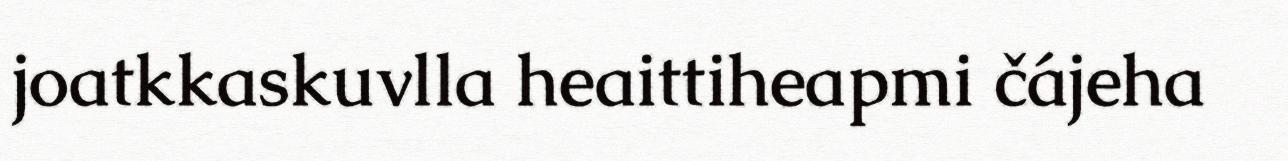
joatkkaskuvlla heaittiheapmi čájeha